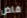
فاض